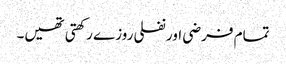
تمام فرضی اور نفلی روزے رکھتی تھیں۔